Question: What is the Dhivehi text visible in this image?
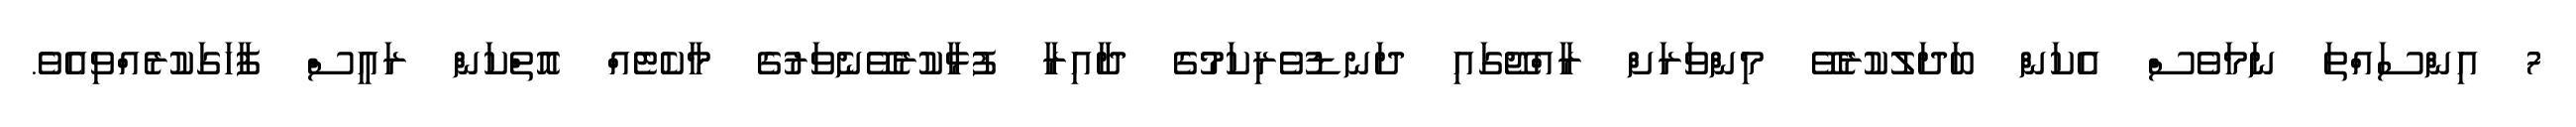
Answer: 7 އިންސައްތަ ނަމަވެސް އެކަން ބަދަލުކުރެވޭ މިންވަރަށް ރާއްޖޭގައި ދަނޑުވެރިކަމުގެ ދާއިރާ ފުޅާކުރެވޭނެވަރުގެ މާކެޓެއް އޮތްކަން ރައީސް ފާހަގަކުރެއްވިއެވެ.